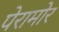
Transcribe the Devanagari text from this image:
पेरामोर